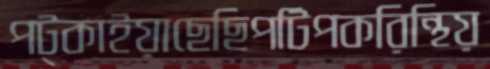
পট্‌কাইয়াছেছিপটিপকরিন্থিয়